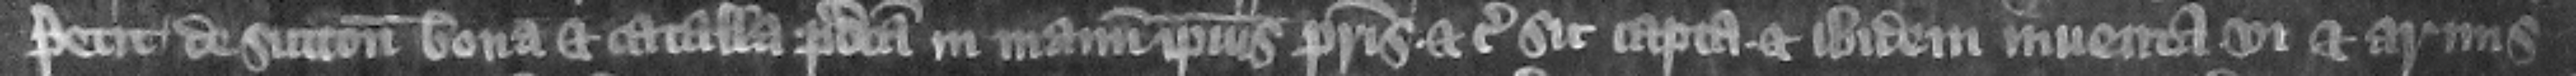
Petit de Sutton bona et catalla predicta in manum ipsius patris etc. sic capta et ibidem inuenta vi et armis